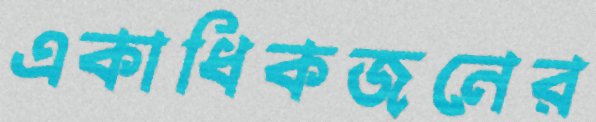
একাধিকজনের